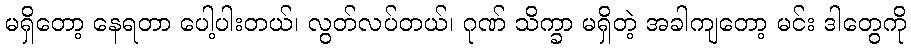
မရှိတော့ နေရတာ ပေါ့ပါးတယ်၊ လွတ်လပ်တယ်၊ ဂုဏ် သိက္ခာ မရှိတဲ့ အခါကျတော့ မင်း ဒါတွေကို